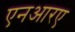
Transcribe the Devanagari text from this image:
एनआरए